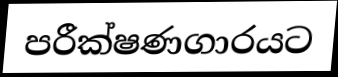
පරීක්ෂණගාරයට